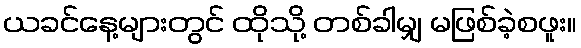
ယခင်နေ့များတွင် ထိုသို့ တစ်ခါမျှ မဖြစ်ခဲ့စဖူး။